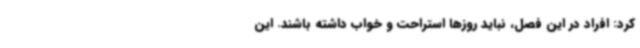
کرد: افراد در این فصل، نباید روزها استراحت و خواب داشته باشند. این